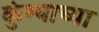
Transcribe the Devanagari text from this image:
कुंभ्याच्या